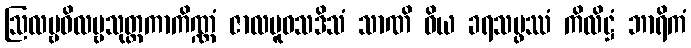
ဩလမ္ဗဝိလမ္ဗသုတ္တကာကိဏ္ဏံ ဇာလပူဝသဒိသံ သာဏိ ဝိယ ခရသမ္ဖဿံ ကိလိဋ္ဌံ ဘာရိကံ